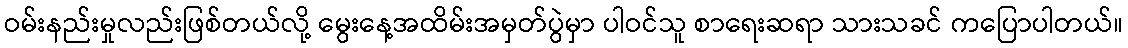
ဝမ်းနည်းမှုလည်းဖြစ်တယ်လို့ မွေးနေ့အထိမ်းအမှတ်ပွဲမှာ ပါဝင်သူ စာရေးဆရာ သားသခင် ကပြောပါတယ်။